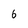
Character: 6